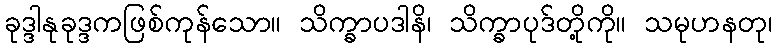
ခုဒ္ဒါနုခုဒ္ဒကဖြစ်ကုန်သော။ သိက္ခာပဒါနိ၊ သိက္ခာပုဒ်တို့ကို။ သမုဟနတု၊